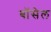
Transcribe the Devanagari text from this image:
बॉसेल